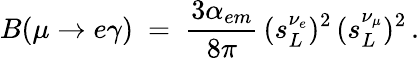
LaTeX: B(\mu\to e\gamma)\ =\ \frac{3\alpha_{em}}{8\pi}\, (s_{L}^{\nu_{e}})^{2}\, (s_{L}^{\nu_{\mu}})^{2}\, .